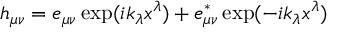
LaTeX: h _ { \mu \nu } = e _ { \mu \nu } \exp ( i k _ { \lambda } x ^ { \lambda } ) + e _ { \mu \nu } ^ { * } \exp ( - i k _ { \lambda } x ^ { \lambda } )